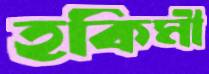
হকিমী